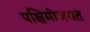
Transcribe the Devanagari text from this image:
पश्चिमीजगत